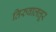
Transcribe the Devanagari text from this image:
तिरुवालत्तूर